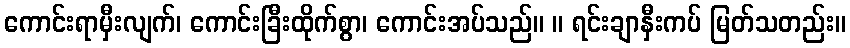
ကောင်းရာမှီးလျက်၊ ကောင်းခြီးထိုက်စွာ၊ ကောင်းအပ်သည်။ ။ ရင်းချာနှီးကပ် မြတ်သတည်း။